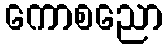
ကောစညော